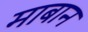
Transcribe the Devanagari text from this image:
माबान